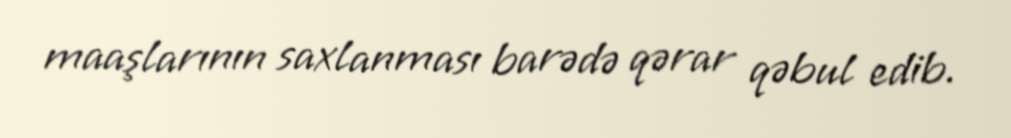
maaşlarının saxlanması barədə qərar qəbul edib.